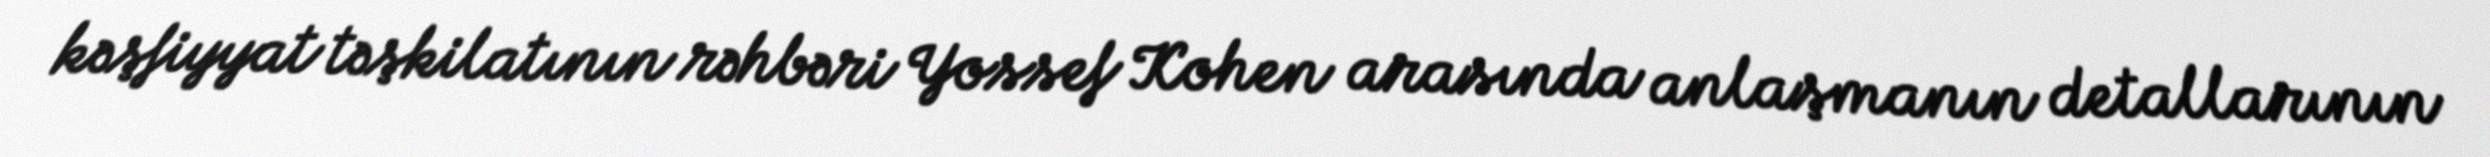
kəşfiyyat təşkilatının rəhbəri Yossef Kohen arasında anlaşmanın detallarının